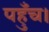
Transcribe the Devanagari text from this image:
पहुँच।